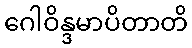
ဂေါဝိန္ဒမာပိတာတိ